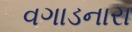
વગાડનારા